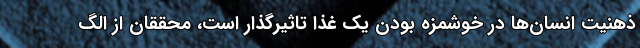
ذهنیت انسان‌ها در خوشمزه بودن یک غذا تاثیرگذار است، محققان از الگ